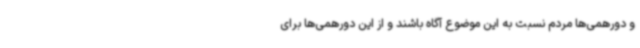
و دورهمی‌ها مردم نسبت به این موضوع آگاه باشند و از این دورهمی‌ها برای